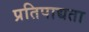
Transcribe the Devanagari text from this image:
प्रतिपाद्यता